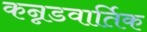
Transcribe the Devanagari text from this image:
कन्नडवार्तिक